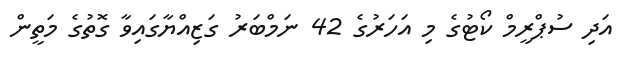
އަދި ސުޕްރީމް ކޯޓުގެ މި އަހަރުގެ 42 ނަމްބަރު ގަޒިއްޔާގައިވާ ގޮތުގެ މަތީން